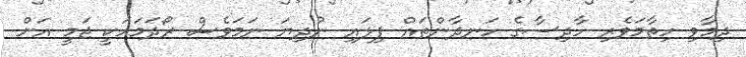
ދިމާވި ހިތާމަވެރި ހާދިސާގެ ހަނދާންތައް ފިލައި ނުދިޔަ ނަމަވެސް ރޯދަމަހަކީ ޖަމީ އަށް